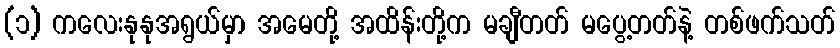
(၁) ကလေးနုနုအရွယ်မှာ အမေတို့ အထိန်းတို့က မချီတတ် မပွေ့တတ်နဲ့ တစ်ဖက်သတ်